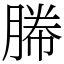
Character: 㬺